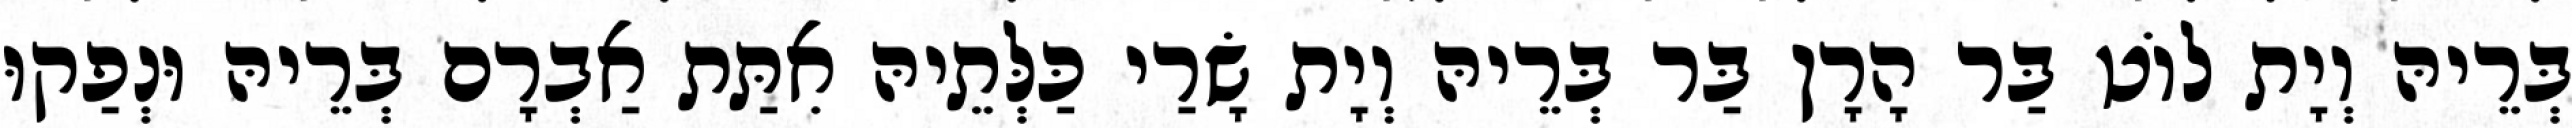
בְּרֵיהּ וְיָת לוֹט בַּר הָרָן בַּר בְּרֵיהּ וְיָת שָׂרַי כַּלְּתֵיהּ אִתַּת אַבְרָם בְּרֵיהּ וּנְפַקוּ